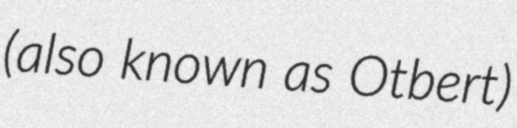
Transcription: (also known as Otbert)